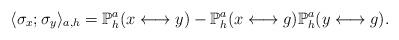
LaTeX: \begin{align*}\langle\sigma_x;\sigma_y\rangle_{a,h}=\mathbb{P}_h^a(x\longleftrightarrow y)-\mathbb{P}_h^a(x\longleftrightarrow g)\mathbb{P}_h^a(y\longleftrightarrow g).\end{align*}